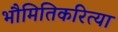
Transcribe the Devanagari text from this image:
भौमितिकरित्या